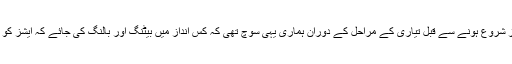
انہوں نے یہ بھی کہا کہ سیریز شروع ہونے سے قبل تیاری کے مراحل کے دوران ہماری یہی سوچ تھی کہ کس انداز میں بیٹنگ اور بالنگ کی جائے کہ ایشز کو جیتنے میں کامیابی حاصل ہو۔